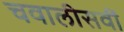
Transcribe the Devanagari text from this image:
चवालीसवीं